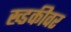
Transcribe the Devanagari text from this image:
ख्डकीवर